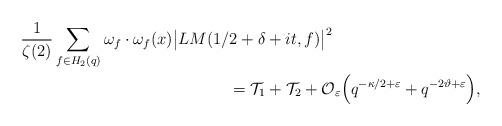
LaTeX: \begin{align*} & \frac{1}{\zeta(2)} \sum_{f\in H_2(q)} \omega_f \cdot \omega_f(x)\big |LM(1/2+\delta+it,f)\big |^2 \\ & \hskip 150pt = \mathcal{T}_1 + \mathcal{T}_2 + \mathcal{O}_{\varepsilon}\Big(q^{-\kappa/2+\varepsilon}+q^{-2\vartheta+\varepsilon}\Big), \end{align*}